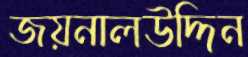
জয়নালউদ্দিন